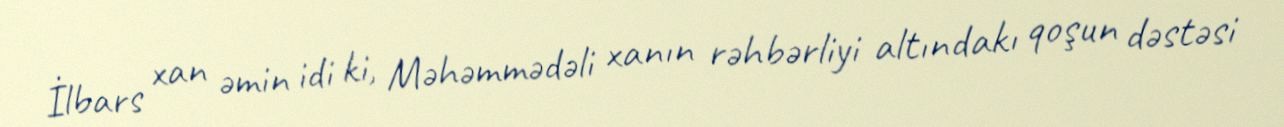
İlbars xan əmin idi ki, Məhəmmədəli xanın rəhbərliyi altındakı qoşun dəstəsi